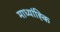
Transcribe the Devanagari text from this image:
माध्यांह्कि